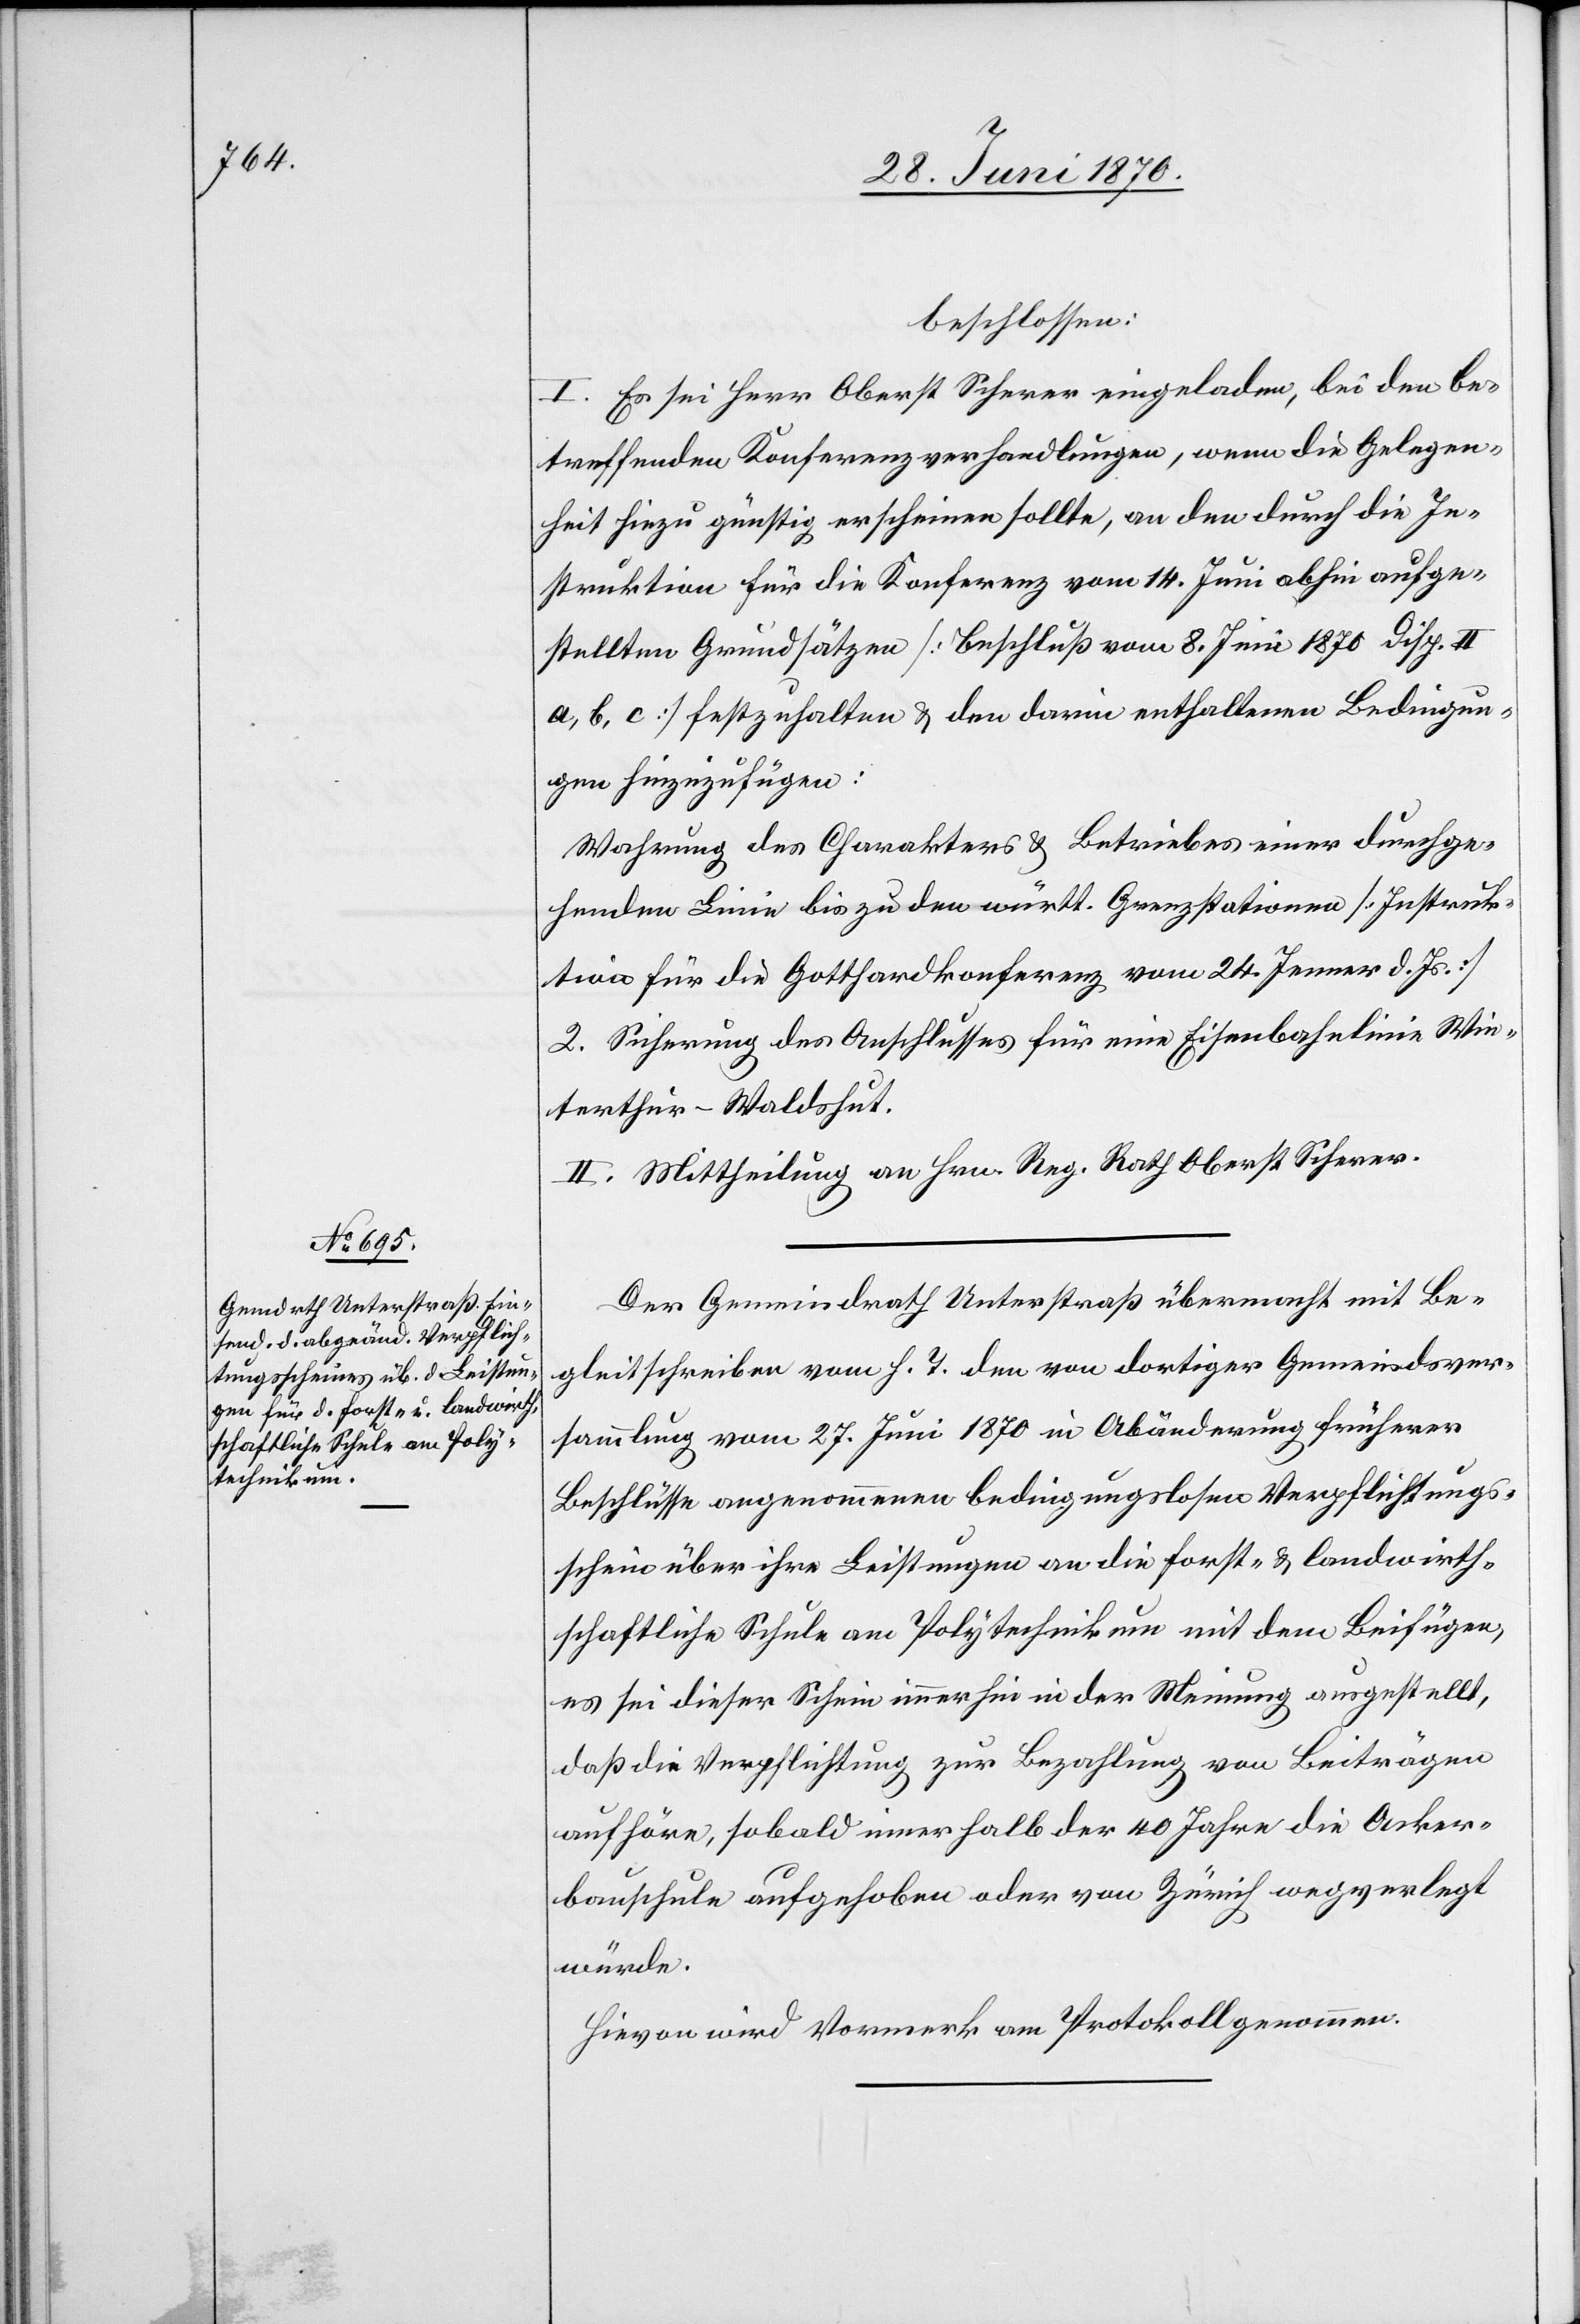
beschlossen:
I. Es sei Herr Oberst Scherer eingeladen, bei den be¬
treffenden Konferenzverhandlungen, wenn die Gelegen¬
heit hiezu günstig erscheinen sollte, an den durch die In¬
struktion für die Konferenz vom 14. Juni abhin aufge¬
stellten Grundsätzen [Beschluß vom 8. Juni 1870 Disp. II
a, b, c] festzuhalten & den darin enthaltenden Bedingun¬
gen hinzuzufügen:
Wahrung des Charakters & Betriebes einer durchge¬
henden Linie bis zu den württ. Grenzstationen [Instruk¬
tion für die Gotthardkonferenz vom 24. Jenner d. Js.]
2. Sicherung des Anschlusses für eine Eisenbahnlinie Win¬
terthur–Waldshut.
II. Mittheilung an Hrn. Reg. Rath Oberst Scherer.
Der Gemeindrath Unterstraß übermacht mit Be¬
gleitschreiben vom h. T. den von dortiger Gemeindsver¬
sammlung vom 27. Juni 1870 in Abänderung früherer
Beschlüsse angenommenen bedingungslosen Verpflichtungs¬
schein über ihre Leistungen an die forst- & landwirth¬
schaftliche Schule am Polytechnikum mit dem Beifügen,
es sei dieser Schein immerhin in der Meinung ausgestellt,
daß die Verpflichtung zur Bezahlung von Beiträgen
aufhöre, sobald innerhalb der 40 Jahre die Acker¬
bauschule aufgehoben oder von Zürich wegverlegt
würde.
Hievon wird Vormerk am Protokoll genommen.